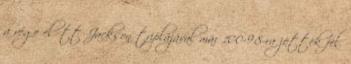
a vége előtt Jackson triplájával már 100-98-ra jöttek fel.